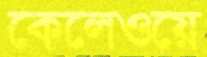
কেলেওয়ে